Lunatic asylums Bombay report 1891-1903 - 1891-1903
Year: 1891
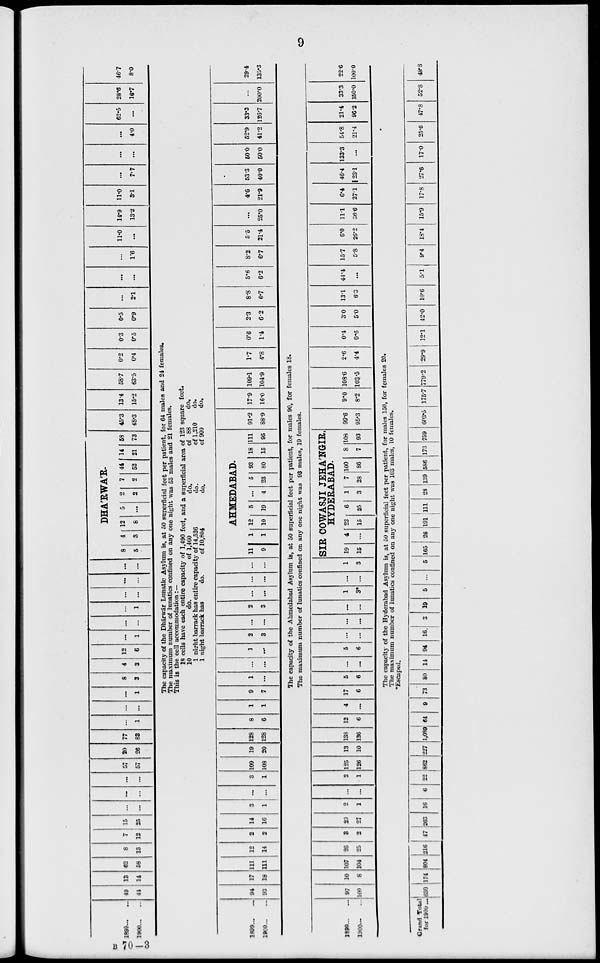
9
1899 ... ...
1900 ... ...
49
44
13
14
62
58
8
13
7
12
15
25
...
...
...
...
...
...
57
57
20
26
77
83
...
1
...
...
...
1
8
3
4
3
12
6
...
1
...
...
...
1
...
...
...
...
...
...
DHA'RWA'R.
8
5
4
3
12
8
5
...
2
2
7
2
44
52
14
21
58
73
45.3
48.3
13.4
15.2
58.7
63.5
0.2
0.4
0.3
0.5
0.5
0.9
...
2.1
...
...
...
1.6
11.0
...
14.9
13.2
11.0
3.1
...
7.7
...
...
...
4.0
62.5
...
28.6
16.7
46.7
8.0
The capacity of the Dhárwár Lunatic Asylum is, at 50 superficial feet per patient, for 64 males and 24 females.
The maximum number of lunatics confined on any one night was 53 males and 21 females.
This is the cell accommodation :—
18 cells have each entire capacity of 1,490 feet, and a superficial area of 123 square feet.
10
do.
of 1,460
do.
of 88
do.
1 night barrack has entire capacity of 14,526
do.
of 1,210
do.
1 night barrack has
do.
of 10,804
do.
of 900
do.
1899...
...
1900...
...
94
93
17
18
111
111
12
14
2
2
14
16
3
1
...
...
3
1
109
108
19
20
128
128
8
6
1
1
9
7
1
...
...
...
1
...
2
3
..
...
2
3
...
...
...
...
...
...
AHMEDABAD.
11
9
1
1
12
10
5
19
...
4
5
23
93
80
18
15
111
95
91.2
88.9
17.9
16.0
109.1
104.9
1.7
4.8
0.6
1.4
2.3
6.2
8.8
6.7
5.6
6.2
8.2
6.7
5.5
21.4
...
25.0
4.6
21.9
53.3
40.0
50.0
50.0
52.9
41.2
33.3
126.7
...
200.0
29.4
135.3
The capacity of the Ahmedabad Asylum is, at 50 superficial feet per patient, for males 90, for females 18.
The maximum number of lunatics confined on any one night was 93 males, 19 females.
1899... ...
1900... ...
97
100
10
8
107
104
26
25
3
2
29
27
2
1
...
...
2
1
125
126
13
10
138
136
13
6
4
...
17
6
5
6
...
...
5
6
...
...
...
...
...
...
1
3*
...
...
1
3
SIR COWASJI JEHA'NGIR,
HYDERABAD.
19
15
4
...
23
15
6
25
1
3
7
28
100
86
8
7
108
93
99.6
95.3
9.0
8.2
108.6
103.5
2.6
4.4
0.4
0.6
3.0
5.0
13.1
6.3
44.4
...
15.7
5.8
6.0
26.2
11.1
36.6
6.4
27.1
46.4
23.1
133.3
...
54.8
21.4
21.4
96.2
33.3
150.0
22.6
100.0
The capacity of the Hyderabad Asylum is, at 50 superficial feet per patient, for males 150, for females 20.
The maximum number of lunatics confined on any one night was 103 males, 10 females.
*Escaped.
Grand Total
for 1900 ... 630 174 804 216 47 263 16
6 22 862 227 1,089 64
9 73 80 14 94 16 3 19 5 ...
5 165 26 191 111 28 139 586 173 759 603.5 175.7 779.2 29.9 12.1 42.0 10.6 5.1 9.4 18.4 15.9 17.8 27.6 17.0 25.6 47.8 52.8 48.8
B 70–3